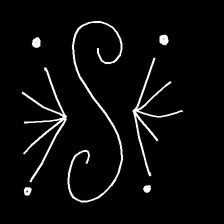
Glyph: aeroform